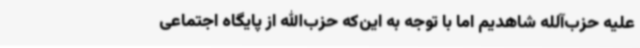
علیه حزب‌آلله شاهدیم اما با توجه به این‌که حزب‌الله از پایگاه اجتماعی